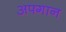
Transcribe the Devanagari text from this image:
अफ्गान